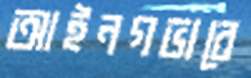
আইনগভাবে